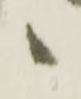
候